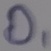
Text: D1